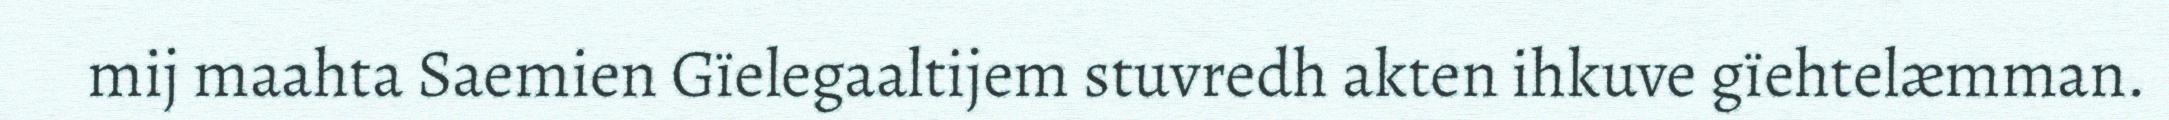
mij maahta Saemien Gïelegaaltijem stuvredh akten ihkuve gïehtelæmman.